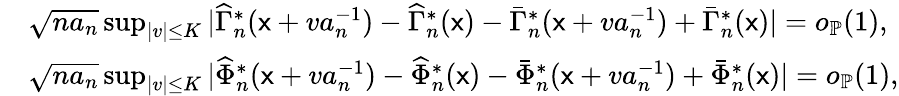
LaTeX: \begin{array}{rl}&{\sqrt{na_{n}}\operatorname*{sup}_{|v|\leq K}|\widehat{\Gamma}_{n}^{\ast}(\mathsf{x}+va_{n}^{-1})-\widehat{\Gamma}_{n}^{\ast}(\mathsf{x})-\bar{\Gamma}_{n}^{\ast}(\mathsf{x}+va_{n}^{-1})+\bar{\Gamma}_{n}^{\ast}(\mathsf{x})|=o_{\mathbb{P}}(1),}\\ &{\sqrt{na_{n}}\operatorname*{sup}_{|v|\leq K}|\widehat{\Phi}_{n}^{\ast}(\mathsf{x}+va_{n}^{-1})-\widehat{\Phi}_{n}^{\ast}(\mathsf{x})-\bar{\Phi}_{n}^{\ast}(\mathsf{x}+va_{n}^{-1})+\bar{\Phi}_{n}^{\ast}(\mathsf{x})|=o_{\mathbb{P}}(1),}\end{array}